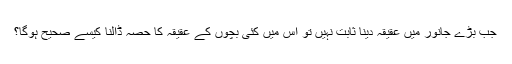
جب بڑے جانور میں عقیقہ دینا ثابت نہیں تو اس میں کئی بچوں کے عقیقہ کا حصہ ڈالنا کیسے صحیح ہوگا؟